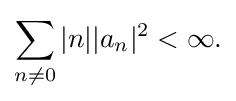
{\sum _{n\neq 0}|n||a_{n}|^{2}<\infty .}